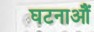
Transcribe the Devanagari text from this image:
घटनाऔं